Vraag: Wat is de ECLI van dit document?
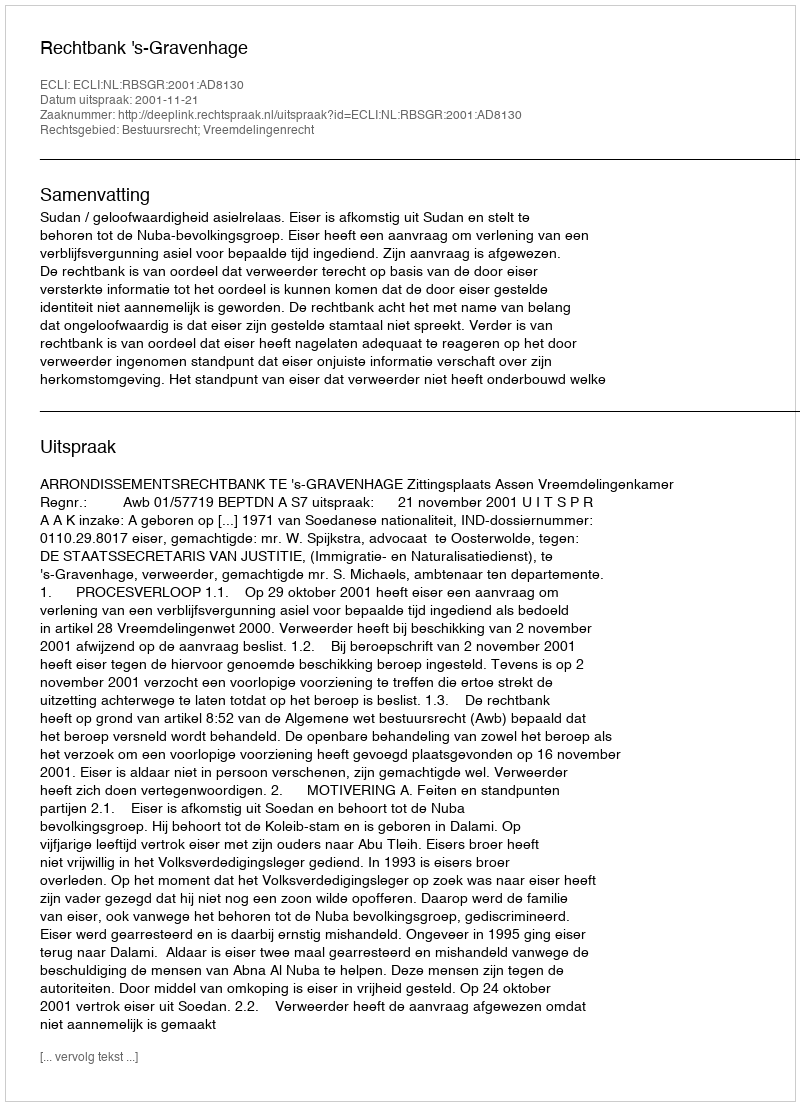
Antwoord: ECLI:NL:RBSGR:2001:AD8130